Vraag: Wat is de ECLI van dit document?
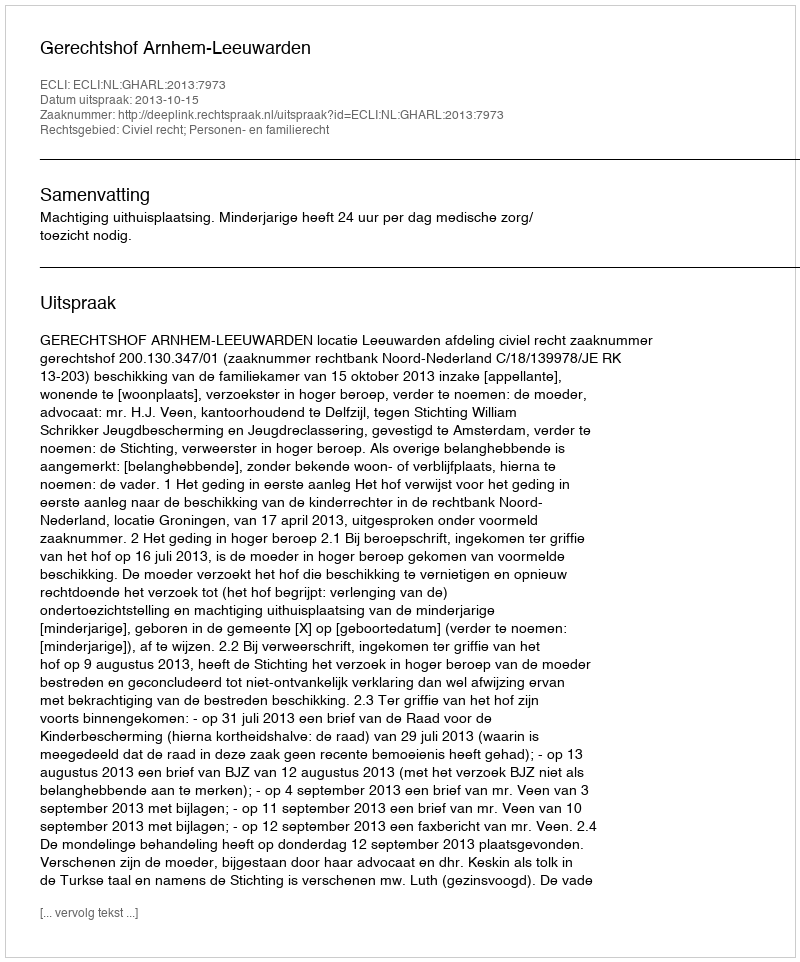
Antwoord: ECLI:NL:GHARL:2013:7973